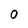
Character: 0